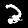
Label: 2